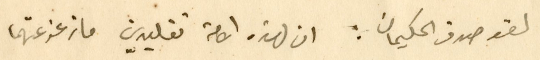
لقد صدق الحكيمان : ان لهذه الامة تقليدين ما زعزعتهما